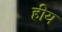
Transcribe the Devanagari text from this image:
हीय